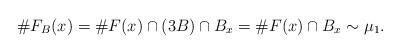
LaTeX: \begin{align*} \# F_B(x)=\# F (x)\cap (3B)\cap B_x=\# F (x)\cap B_x\sim \mu_1.\end{align*}